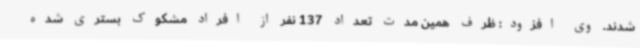
شدند. وی افزود: ظرف همین مدت تعداد 137 نفر از افراد مشکوک بستری شده